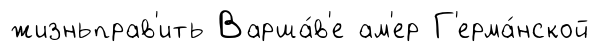
жизньправ'ить Варша́в'е ам'ер Г'ерма́нской